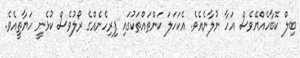
ބިލް ކޮބާހެއްޔޭވެސް އަހާ ނުލާނެއެވެ. އެކަހަލަ ކަންތައްތަކުގައި ފިރިހެނެއްގެ ރޯލުވެސް ކުޅެނީ ހަޔާތީއެވެ.